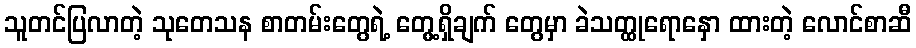
သူတင်ပြလာတဲ့ သုတေသန စာတမ်းတွေရဲ့ တွေ့ရှိချက် တွေမှာ ခဲသတ္ထုရောနှော ထားတဲ့ လောင်စာဆီ